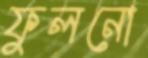
ফুলনো